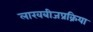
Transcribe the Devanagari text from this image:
लाखबीजप्रक्रिया